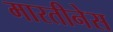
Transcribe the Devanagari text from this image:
मारतीनेस